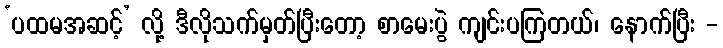
‘ပထမအဆင့်’ လို့ ဒီလိုသက်မှတ်ပြီးတော့ စာမေးပွဲ ကျင်းပကြတယ်၊ နောက်ပြီး -